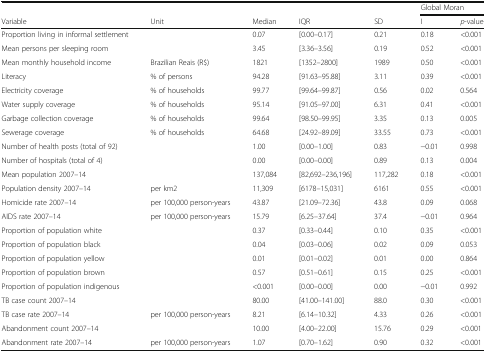
<table><thead><tr><td></td><td></td><td></td><td></td><td></td><td colspan="2"><b>Global Moran</b></td></tr><tr><td><b>Variable</b></td><td><b>Unit</b></td><td><b>Median</b></td><td><b>IQR</b></td><td><b>SD</b></td><td><b>I</b></td><td><b><i>p</i>-value</b></td></tr></thead><tbody><tr><td>Proportion living in informal settlement</td><td></td><td>0.07</td><td>[0.00–0.17]</td><td>0.21</td><td>0.18</td><td>&lt;0.001</td></tr><tr><td>Mean persons per sleeping room</td><td></td><td>3.45</td><td>[3.36–3.56]</td><td>0.19</td><td>0.52</td><td>&lt;0.001</td></tr><tr><td>Mean monthly household income</td><td>Brazilian Reais (R$)</td><td>1821</td><td>[1352–2800]</td><td>1989</td><td>0.50</td><td>&lt;0.001</td></tr><tr><td>Literacy</td><td>% of persons</td><td>94.28</td><td>[91.63–95.88]</td><td>3.11</td><td>0.39</td><td>&lt;0.001</td></tr><tr><td>Electricity coverage</td><td>% of households</td><td>99.77</td><td>[99.64–99.87]</td><td>0.56</td><td>0.02</td><td>0.564</td></tr><tr><td>Water supply coverage</td><td>% of households</td><td>95.14</td><td>[91.05–97.00]</td><td>6.31</td><td>0.41</td><td>&lt;0.001</td></tr><tr><td>Garbage collection coverage</td><td>% of households</td><td>99.64</td><td>[98.50–99.95]</td><td>3.35</td><td>0.13</td><td>0.005</td></tr><tr><td>Sewerage coverage</td><td>% of households</td><td>64.68</td><td>[24.92–89.09]</td><td>33.55</td><td>0.73</td><td>&lt;0.001</td></tr><tr><td>Number of health posts (total of 92)</td><td></td><td>1.00</td><td>[0.00–1.00]</td><td>0.83</td><td>−0.01</td><td>0.998</td></tr><tr><td>Number of hospitals (total of 4)</td><td></td><td>0.00</td><td>[0.00–0.00]</td><td>0.89</td><td>0.13</td><td>0.004</td></tr><tr><td>Mean population 2007–14</td><td></td><td>137,084</td><td>[82,692–236,196]</td><td>117,282</td><td>0.18</td><td>&lt;0.001</td></tr><tr><td>Population density 2007–14</td><td>per km2</td><td>11,309</td><td>[6178–15,031]</td><td>6161</td><td>0.55</td><td>&lt;0.001</td></tr><tr><td>Homicide rate 2007–14</td><td>per 100,000 person-years</td><td>43.87</td><td>[21.09–72.36]</td><td>43.8</td><td>0.09</td><td>0.068</td></tr><tr><td>AIDS rate 2007–14</td><td>per 100,000 person-years</td><td>15.79</td><td>[6.25–37.64]</td><td>37.4</td><td>−0.01</td><td>0.964</td></tr><tr><td>Proportion of population white</td><td></td><td>0.37</td><td>[0.33–0.44]</td><td>0.10</td><td>0.35</td><td>&lt;0.001</td></tr><tr><td>Proportion of population black</td><td></td><td>0.04</td><td>[0.03–0.06]</td><td>0.02</td><td>0.09</td><td>0.053</td></tr><tr><td>Proportion of population yellow</td><td></td><td>0.01</td><td>[0.01–0.02]</td><td>0.01</td><td>0.00</td><td>0.864</td></tr><tr><td>Proportion of population brown</td><td></td><td>0.57</td><td>[0.51–0.61]</td><td>0.15</td><td>0.25</td><td>&lt;0.001</td></tr><tr><td>Proportion of population indigenous</td><td></td><td>&lt;0.001</td><td>[0.00–0.00]</td><td>0.00</td><td>−0.01</td><td>0.992</td></tr><tr><td>TB case count 2007–14</td><td></td><td>80.00</td><td>[41.00–141.00]</td><td>88.0</td><td>0.30</td><td>&lt;0.001</td></tr><tr><td>TB case rate 2007–14</td><td>per 100,000 person-years</td><td>8.21</td><td>[6.14–10.32]</td><td>4.33</td><td>0.26</td><td>&lt;0.001</td></tr><tr><td>Abandonment count 2007–14</td><td></td><td>10.00</td><td>[4.00–22.00]</td><td>15.76</td><td>0.29</td><td>&lt;0.001</td></tr><tr><td>Abandonment rate 2007–14</td><td>per 100,000 person-years</td><td>1.07</td><td>[0.70–1.62]</td><td>0.90</td><td>0.32</td><td>&lt;0.001</td></tr></tbody></table>